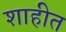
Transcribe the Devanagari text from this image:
शाहीत